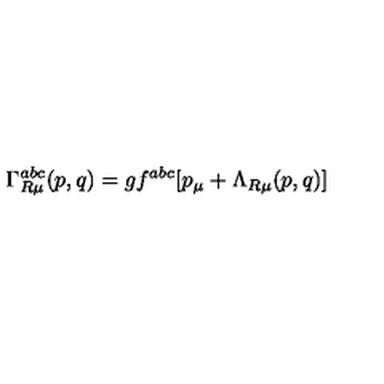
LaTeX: \Gamma _ { R \mu } ^ { a b c } ( p , q ) = g f ^ { a b c } [ p _ { \mu } + \Lambda _ { R \mu } ( p , q ) ]